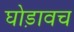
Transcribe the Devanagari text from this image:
घोड़ावच